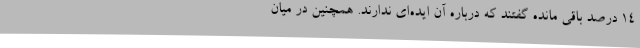
14 درصد باقی مانده گفتند که درباره آن ایده‌ای ندارند. همچنین در میان